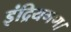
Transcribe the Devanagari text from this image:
इंद्रियगण।